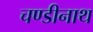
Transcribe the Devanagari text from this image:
चण्‍डीनाथ